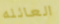
العائله